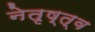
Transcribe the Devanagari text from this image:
नेतृष्त्व